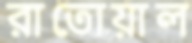
রাতোয়াল